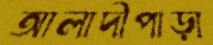
আলাদীপাড়া